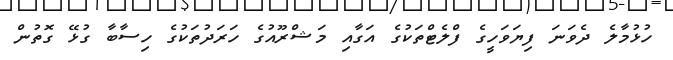
ހުޅުމާލެ ދެވަނަ ފިޔަވަހީގެ ފްލެޓްތަކުގެ އަގާއި މަޝްރޫއުގެ ހަރަދުތަކުގެ ހިސާބާ ގުޅޭ ގޮތުން